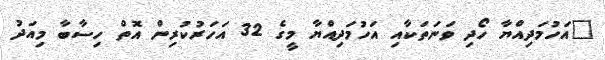
"އަހުމަދިއްޔާ ހޯދި ވަނަތަކާއި އަހުމަދިއްޔާ މީގެ 32 އަހަރުކުރިން އޮތް ހިސާބާ މިއަދު